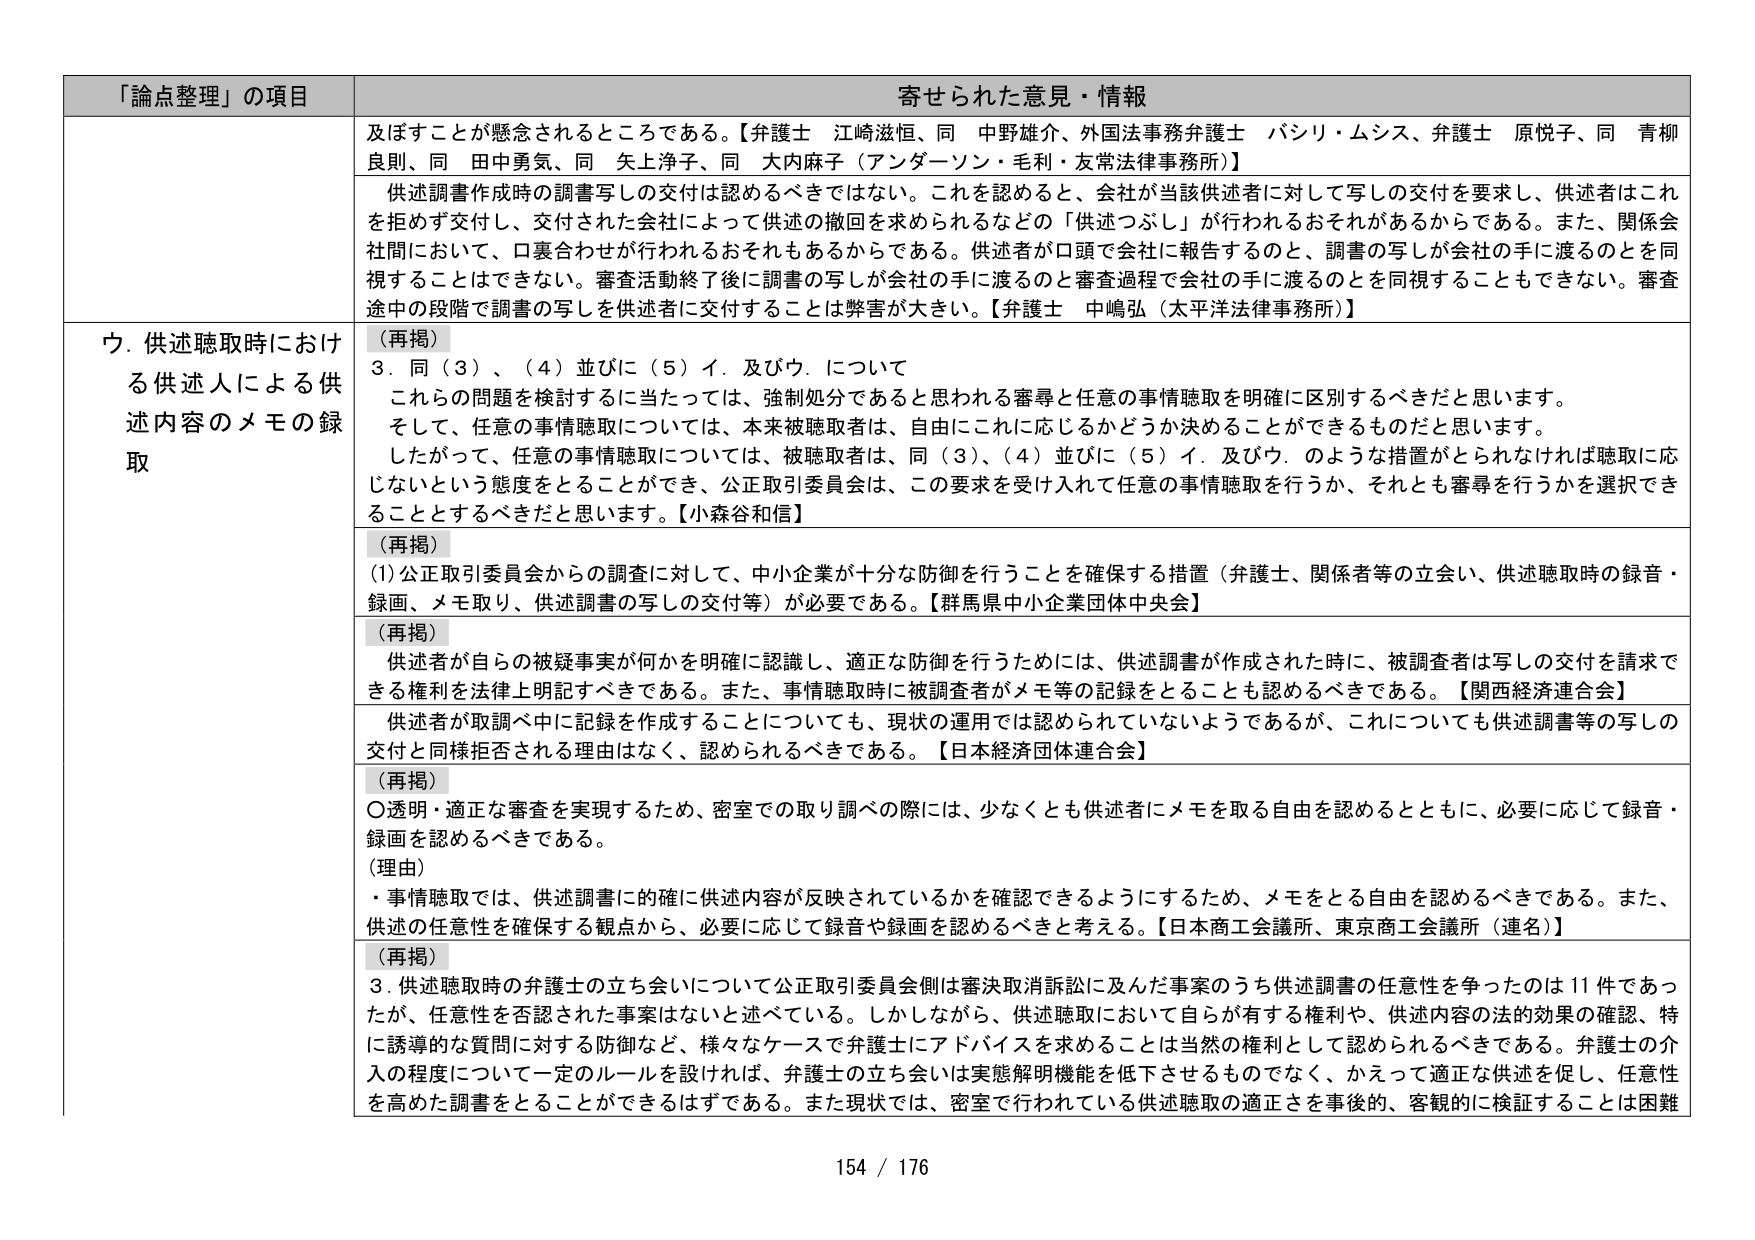
「論点整理」の項目 寄せられた意見・情報
及ぼすことが懸念されるところである。【弁護士 江崎滋恒、同 中野雄介、外国法事務弁護士 バシリ・ムシス、弁護士 原悦子、同 青柳良則、同 田中勇気、同 矢上浄子、同 大内麻子（アンダーソン・毛利・友常法律事務所）】
供述調書作成時の調書写しの交付は認めるべきではない。これを認めると、会社が当該供述者に対して写しの交付を要求し、供述者はこれを拒めず交付し、交付された会社によって供述の撤回を求められるなどの「供述つぶし」が行われるおそれがあるからである。また、関係会社間において、口裏合わせが行われるおそれもあるからである。供述者が口頭で会社に報告すると、調書の写しが会社の手に渡るのを同視することはできない。審査活動終了後に調書の写しが会社の手に渡るのと審査過程で会社の手に渡るのを同視することもできない。審査途中の段階で調書の写しを供述者に交付することは弊害が大きい。【弁護士 中嶋弘（太平洋法律事務所）】
ウ．供述聴取時における供述人による供述内容のメモの録取
（再掲）
3．同（3）、（4）並びに（5）イ．及びウ．について
これらの問題を検討するに当たっては、強制処分であると思われる審尋と任意の事情聴取を明確に区別するべきだと思います。
そして、任意の事情聴取については、本来被聴取者は、自由にこれに応じるかどうか決めることができるものだと思います。
したがって、任意の事情聴取については、被聴取者は、同（3）、（4）並びに（5）イ．及びウ．のような措置がとられなければ聴取に応じないという態度をとることができ、公正取引委員会は、この要求を受け入れて任意の事情聴取を行うか、それとも審尋を行うかを選択できることとするべきだと思います。【小森谷和信】
（再掲）
(1) 公正取引委員会からの調査に対して、中小企業が十分な防御を行うことを確保する措置（弁護士、関係者等の立会い、供述聴取時の録音・録画、メモ取り、供述調書の写しの交付等）が必要である。【群馬県中小企業団体中央会】
（再掲）
供述者が自らの被疑事実が何かを明確に認識し、適正な防御を行うためには、供述調書が作成された時に、被調査者は写しの交付を請求できる権利を法律上明記すべきである。また、事情聴取時に被調査者がメモ等の記録をとることも認めるべきである。【関西経済連合会】
供述者が取調べ中に記録を作成することについても、現状の運用では認められていないようであるが、これについても供述調書等の写しの交付と同様拒否される理由はなく、認められるべきである。【日本経済団体連合会】
（再掲）
〇透明・適正な審査を実現するため、密室での取り調べの際には、少なくとも供述者にメモを取る自由を認めるとともに、必要に応じて録音・録画を認めるべきである。
（理由）
・事情聴取では、供述調書に的確に供述内容が反映されているかを確認できるようにするため、メモをとる自由を認めるべきである。また、供述の任意性を確保する観点から、必要に応じて録音や録画を認めるべきと考える。【日本商工会議所、東京商工会議所（連名）】
（再掲）
3．供述聴取時の弁護士の立ち会いについて公正取引委員会側は審決取消訴訟に及んだ事案のうち供述調書の任意性を争ったのは11件であったが、任意性を否認された事案はないと述べている。しかしながら、供述聴取において自らが有する権利や、供述内容の法的効果の確認、特に誘導的な質問に対する防御など、様々なケースで弁護士にアドバイスを求めることは当然の権利として認められるべきである。弁護士の介入の程度について一定のルールを設ければ、弁護士の立ち会いは実態解明機能を低下させるものでなく、かえって適正な供述を促し、任意性を高めた調書をとることができるはずである。また現状では、密室で行われている供述聴取の適正さを事後的、客観的に検証することは困難
154 / 176